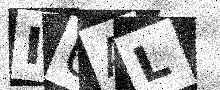
Text: IUAL